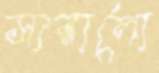
সারালো